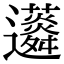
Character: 𧅊